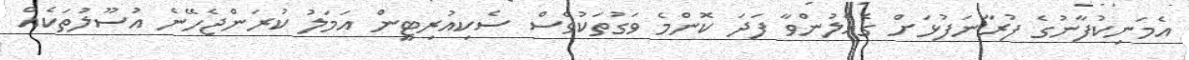
އެމަނިކުފާނުގެ ފުރާނަފުޅަށް ގެއްލުންވާ ފަދަ ކޮންމެ ވަގުތަކުވެސް ސެކިއުރިޓީން އަމަލު ކުރަންޖެހޭނެ އުސޫލުތަކެއް